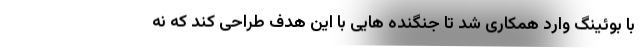
با بوئینگ وارد همکاری شد تا جنگنده هایی با این هدف طراحی کند که نه